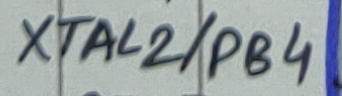
Text: XTAL2/PB4